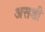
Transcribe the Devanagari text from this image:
असशी